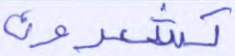
تشعرون